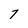
Character: 7